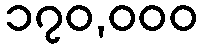
၁၇၀,၀၀၀